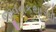
જીવનકથાઓ